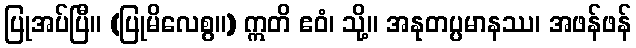
ပြုအပ်ပြီ။ (ပြုမိလေစွ။) ဣတိ ဧဝံ၊ သို့။ အနုတပ္ပမာနဿ၊ အဖန်ဖန်